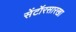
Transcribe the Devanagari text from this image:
सेंटॉरसारखा